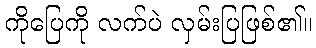
ကိုပြေကို လက်ပဲ လှမ်းပြဖြစ်၏။